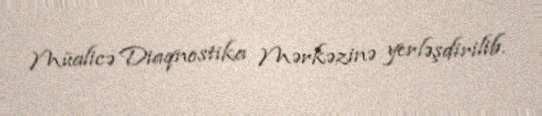
Müalicə Diaqnostika Mərkəzinə yerləşdirilib.